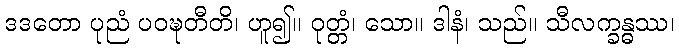
ဒဒတော ပုညံ ပဝဍ္ဎတီတိ၊ ဟူ၍။ ဝုတ္တံ၊ သော။ ဒါနံ၊ သည်။ သီလက္ခန္ဓဿ၊